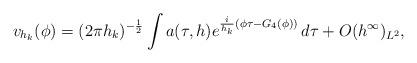
LaTeX: \begin{align*} v_{h_k}(\phi) = (2\pi h_k)^{-\frac{1}{2}} \int a(\tau,h) e^{\frac{i}{h_k}(\phi\tau - G_4(\phi))} \, d\tau + O(h^\infty)_{L^2},\end{align*}